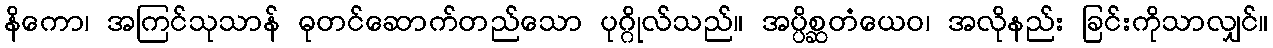
နိကော၊ အကြင်သုသာန် ဓုတင်ဆောက်တည်သော ပုဂ္ဂိုလ်သည်။ အပ္ပိစ္ဆတံယေဝ၊ အလိုနည်း ခြင်းကိုသာလျှင်။